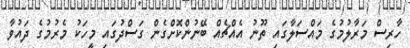
ހާރިސް މަރާލުމުގެ މައްސަލާގައި ތޫނު އެއްޗެއް ބޭނުންކޮށްގެން ގަސްދުގައި މީހަކު މެރުމުގެ ދައުވާ